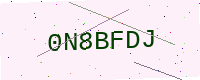
Text: 0N8BFDJ